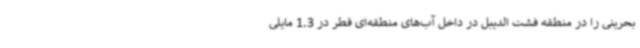
بحرینی را در منطقه فشت الدیبل در داخل آب‌های منطقه‌ای قطر در 1.3 مایلی